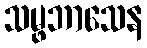
သမ္ဖဘာသေန